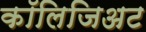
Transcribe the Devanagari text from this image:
कॉलिजिअट